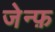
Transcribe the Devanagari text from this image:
जेन्फ़